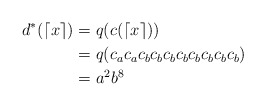
\begin{align*}d^*(\lceil x \rceil)&= q(c(\lceil x \rceil)) \\&= q(c_ac_ac_bc_bc_bc_bc_bc_bc_bc_b) \\&= a^2b^8\end{align*}